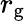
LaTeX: r_{\mathrm{g}}